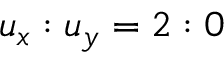
u _ { x } : u _ { y } = 2 : 0